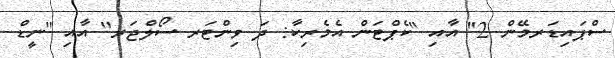
ސްޕައިޑަރމޭން 2'' އާއި ''ކެޕްޓަން އެމެރިކާ: ދަ ވިންޓަރ ސޯލްޖަރ'' އާއި ''ނީޑް